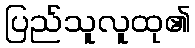
ပြည်သူလူထု၏